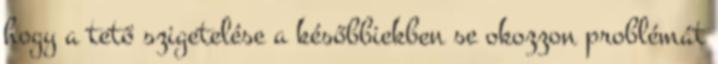
hogy a tető szigetelése a későbbiekben se okozzon problémát